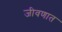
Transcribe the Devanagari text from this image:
जीवणात